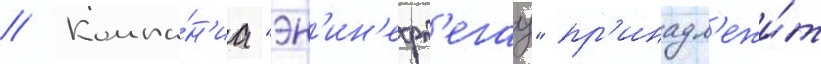
// Компа́н'иа "эн'ин'ефт'егаз" пр'инадл'ежи́т